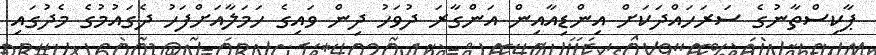
ޕާކިސްތާނުގެ ސަރަހައްދަކަށް އިންޑިއާއިން އަންގާރަ ދުވަހު ދިން ވައިގެ ހަމަލާއަށްފަހު ދެގައުމުގެ މެދުގައި